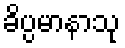
ခိပ္ပမာနာသု